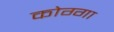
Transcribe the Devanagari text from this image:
कोग्गा